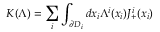
K ( \Lambda ) = \sum _ { i } \int _ { \partial D _ { i } } d x _ { i } \Lambda ^ { i } ( x _ { i } ) J _ { + } ^ { i } ( x _ { i } )